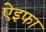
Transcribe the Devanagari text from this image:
ऐइफा